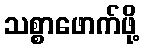
သစ္စာဖောက်ဖို့